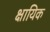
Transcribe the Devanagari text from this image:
क्षायिक